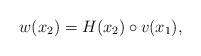
LaTeX: \begin{align*}w(x_2 )=H(x_2)\circ v(x_1 ),\end{align*}